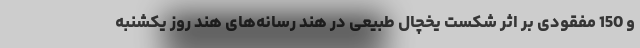
و 150 مفقودی بر اثر شکست یخچال طبیعی در هند رسانه‌های هند روز یکشنبه